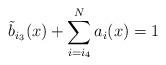
LaTeX: \begin{align*} \tilde{b}_{i_3}(x)+\sum_{i=i_4}^N a_i(x) = 1\end{align*}